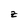
Character: z